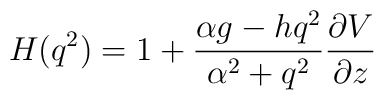
H(q^{2})=1+\frac{\alpha g - h q^{2}}{\alpha^{2} + q^{2}}\frac{\partial V}{\partial z}